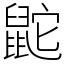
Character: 鼧